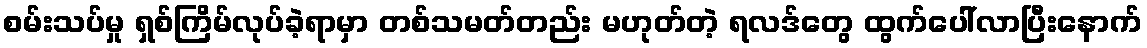
စမ်းသပ်မှု ရှစ်ကြိမ်လုပ်ခဲ့ရာမှာ တစ်သမတ်တည်း မဟုတ်တဲ့ ရလဒ်တွေ ထွက်ပေါ်လာပြီးနောက်